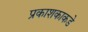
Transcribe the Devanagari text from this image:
प्रकाशकाकडे